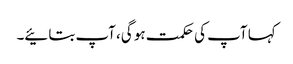
کہا آپ کی حکمت ہو گی، آپ بتائیے۔